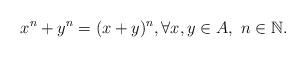
LaTeX: \begin{align*}x^n+y^n=(x+y)^n, \forall x,y \in A,~n \in \mathbb{N}.\end{align*}